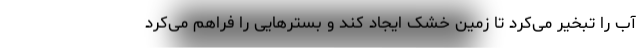
آب را تبخیر می‌کرد تا زمین خشک ایجاد کند و بسترهایی را فراهم می‌کرد